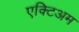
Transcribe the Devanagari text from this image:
एक्टिअम